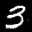
Label: 3